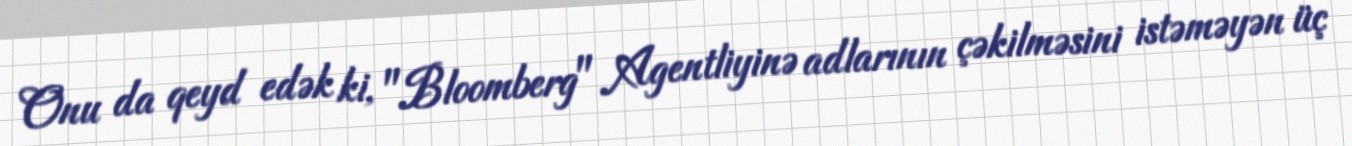
Onu da qeyd edək ki, "Bloomberg" Agentliyinə adlarının çəkilməsini istəməyən üç